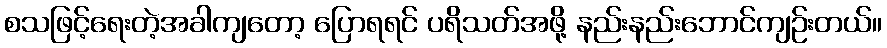
စသဖြင့်ရေးတဲ့အခါကျတော့ ပြောရရင် ပရိသတ်အဖို့ နည်းနည်းဘောင်ကျဉ်းတယ်။